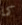
كما